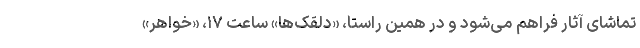
تماشای آثار فراهم می‌شود و در همین راستا، «دلقک‌ها» ساعت ۱۷، «خواهر»